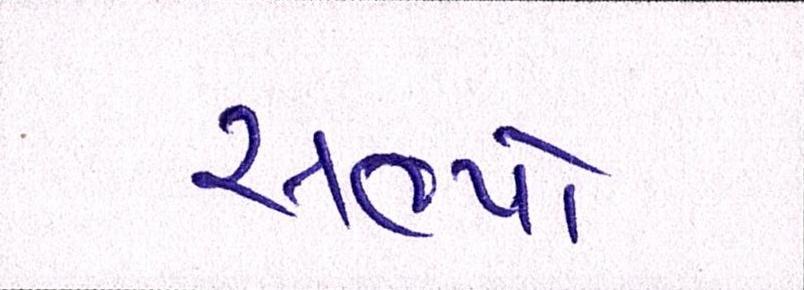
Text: સભ્યો